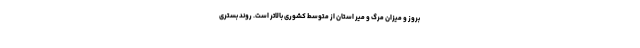
بروز و میزان مرگ و میر استان از متوسط کشوری بالاتر است. روند بستری